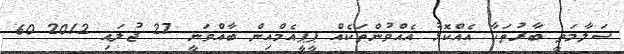
ސަލާމަތީ ބާރުތަކާ އެއްކޮޅު އެއްވުންތަކެއް ޕީޕީއެމްއިން ބާއްވަނީ 27 ޖުލައި 2012 60